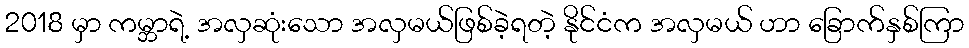
2018 မှာ ကမ္ဘာရဲ့ အလှဆုံးသော အလှမယ်ဖြစ်ခဲ့ရတဲ့ နိုင်ငံက အလှမယ် ဟာ ခြောက်နှစ်ကြာ